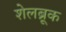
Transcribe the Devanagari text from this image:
शेलब्रूक